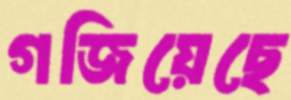
গজিয়েছে